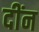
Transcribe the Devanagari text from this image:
दींन